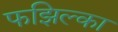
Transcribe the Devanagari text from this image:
फझिल्का